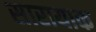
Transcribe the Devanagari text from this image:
सारायाक